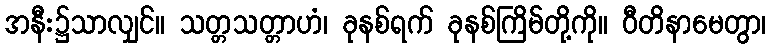
အနီး၌သာလျှင်။ သတ္တသတ္တာဟံ၊ ခုနစ်ရက် ခုနစ်ကြိမ်တို့ကို။ ဝီတိနာမေတွာ၊